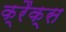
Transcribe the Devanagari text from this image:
क्रैक्‍स